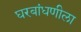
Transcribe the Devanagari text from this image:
घरबांधणीला